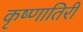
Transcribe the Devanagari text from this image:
कृष्णातिरी